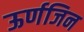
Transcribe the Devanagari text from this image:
ऊर्णजिन